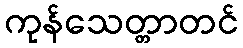
ကုန်သေတ္တာတင်